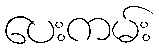
ပေးကမ်း